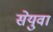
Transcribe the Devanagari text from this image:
सेयुवा